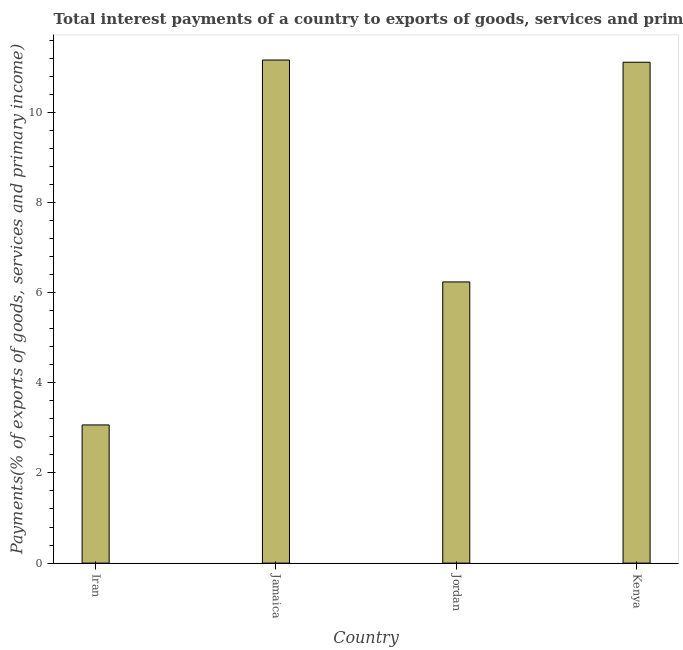
| Country | Interest payments on external debt |
 | --- | --- |
 | Iran | 3.06 |
 | Jamaica | 11.2 |
 | Jordan | 6.24 |
 | Kenya | 11.1 |